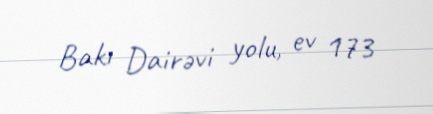
Bakı Dairəvi yolu, ev 173